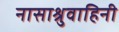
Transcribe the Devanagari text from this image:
नासाश्रुवाहिनी